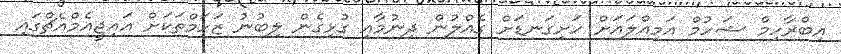
އިބްރާހިމް ޝަހުމް އަމިއްލައަށް ހަށިގަނޑަށް ގެއްލުން ދިނުމާއި ގުޅިގެން ލިބުނު ޒަހަމްތަކަށް އައިޖީއެމްއެޗްގައި